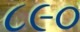
૮૯૦